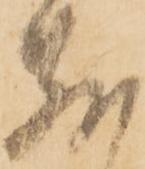
敷